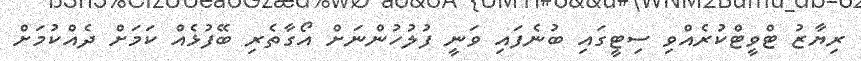
ރިޔާޒު ޓްވީޓްކުރެއްވި ސިޓީގައި ބުނެފައި ވަނީ ފުލުހުންނަށް އޯގާތެރި ބޭފުޅެއް ކަމަށް ދެއްކުމަށް